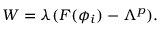
W = \lambda ( F ( \phi _ { i } ) - \Lambda ^ { p } ) .